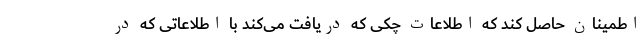
اطمینان حاصل کند که اطلاعات چکی که دریافت می‌کند با اطلاعاتی که در